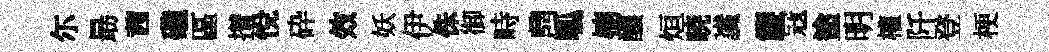
尓朂茜礲區攅悅砕效妖伊侏御畤𪔂呱楠釀烜暁䜟簾冦塗明權阡登梗